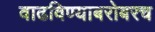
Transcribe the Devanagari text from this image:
वाढविण्याबरोबरच